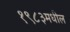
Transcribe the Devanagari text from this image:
१९८३मधील